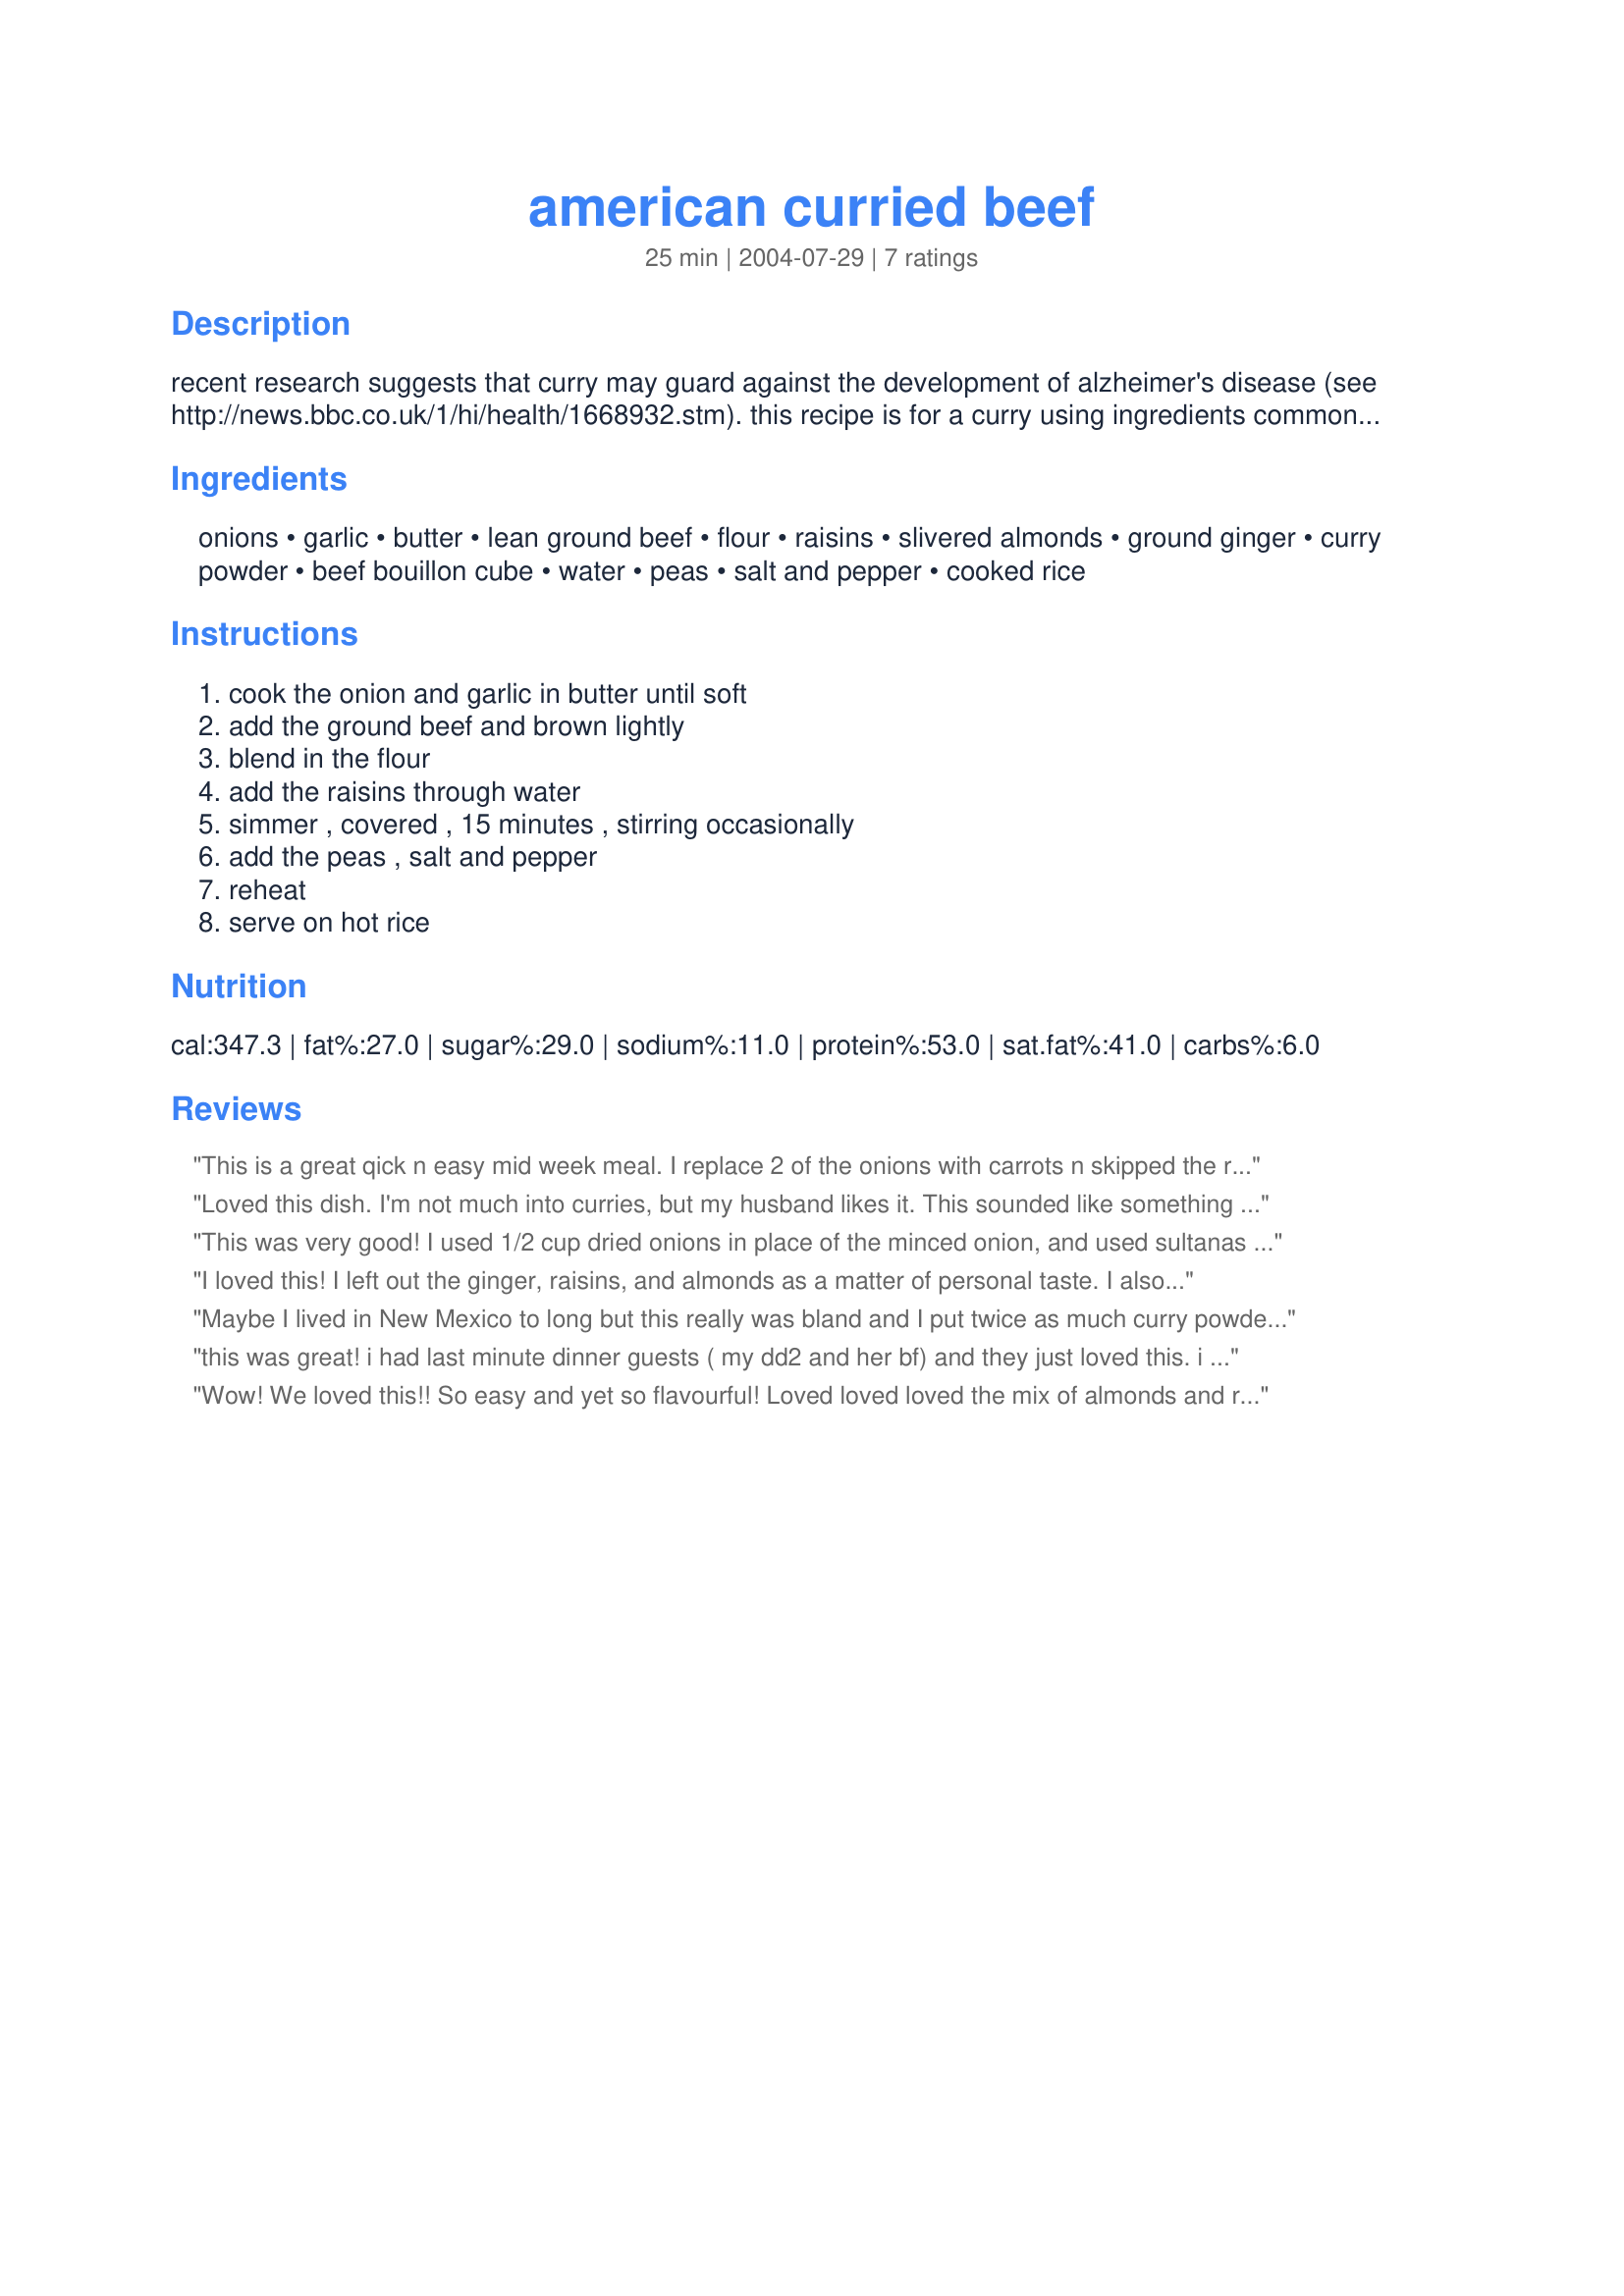
american curried beef
Preparation time: 25 minutes

recent research suggests that curry may guard against the development of alzheimer's disease (see http://news.bbc.co.uk/1/hi/health/1668932.stm). this recipe is for a curry using ingredients commonly found in american kitchens. ease of preparation and a short cooking time make it a great supper for those who want to add some curry to their everyday menu. adjust the amount of curry powder to suit your own taste.

Ingredients:
onions, garlic, butter, lean ground beef, flour, raisins, slivered almonds, ground ginger, curry powder, beef bouillon cube, water, peas, salt and pepper, cooked rice

Steps:
cook the onion and garlic in butter until soft, add the ground beef and brown lightly, blend in the flour, add the raisins through water, simmer , covered , 15 minutes , stirring occasionally, add the peas , salt and pepper, reheat, serve on hot rice

Reviews:
This is a great qick n easy mid week meal. I replace 2 of the onions with carrots n skipped the raisins and almonds. I served over my Recipe #204753 and freshly baked crusty bread....YUM,thanks for sharing!
Loved this dish. I'm not much into curries, but my husband likes it. This sounded like something I might enjoy. It doesn't have too much curry. I didn't have the powdered ginger, so subbed some fresh. I also omitted the nuts. Didn't have any on hand. Thankfully it was an option. I also cut the onions back to two. :)
This was very good! I used 1/2 cup dried onions in place of the minced onion, and used sultanas (white raisins). I used frozen peas, so I added them in step 4, before simmering. The meal was very easy to put together, and tasted great with the cooked rice!
I loved this! I left out the ginger, raisins, and almonds as a matter of personal taste. I also used ground turkey instead of beef, as that is what I had on hand. Delicious! I will definitly make this again. Thanks for sharing! :D
Maybe I lived in New Mexico to long but this really was bland and I put twice as much curry powder and I used the hot stuff. I really wanted to like it but I dont think I would make this again.
this was great! i had last minute dinner guests ( my dd2 and her bf) and they just loved this. i used my own curry mix and served this over basmati rice.
Wow! We loved this!! So easy and yet so flavourful! Loved loved loved the mix of almonds and raisins in here with the spices. Didn't have any peas - but we enjoyed it with rice and green beans. Thanks echo echo!
